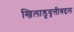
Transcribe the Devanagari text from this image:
खिलाडूवृत्तीबद्दल